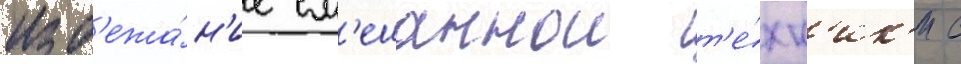
изб'ежа́н'ие см'ешаннои т'е́хн'ик'и с